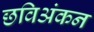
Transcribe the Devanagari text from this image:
छविअंकन